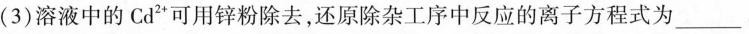
(3)溶液中的Cd^{2+}可用锌粉除去，还原除杂工序中反应的离子方程式为___